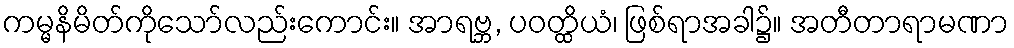
ကမ္မနိမိတ်ကိုသော်လည်းကောင်း။ အာရဗ္ဘ, ပဝတ္ထိယံ၊ ဖြစ်ရာအခါ၌။ အတီတာရာမဏာ